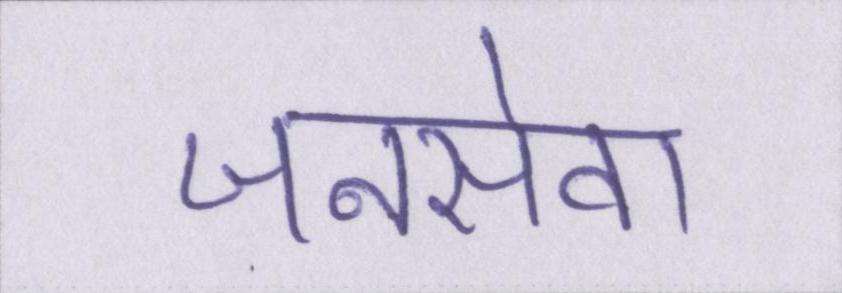
जनसेवा